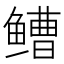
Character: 𫚧